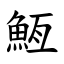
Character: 䱍